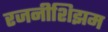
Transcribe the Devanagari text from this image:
रजनीशिझम